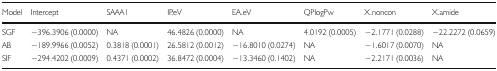
<table><thead><tr><td><b>Model</b></td><td><b>Intercept</b></td><td><b>SAAA1</b></td><td><b>IP.eV</b></td><td><b>EA.eV</b></td><td><b>QPlogPw</b></td><td><b>X.noncon</b></td><td><b>X.amide</b></td></tr></thead><tbody><tr><td>SGF</td><td>−396.3906 (0.0000)</td><td>NA</td><td>46.4826 (0.0000)</td><td>NA</td><td>4.0192 (0.0005)</td><td>−2.1771 (0.0288)</td><td>−22.2272 (0.0659)</td></tr><tr><td>AB</td><td>−189.9966 (0.0052)</td><td>0.3818 (0.0001)</td><td>26.5812 (0.0012)</td><td>−16.8010 (0.0274)</td><td>NA</td><td>−1.6017 (0.0070)</td><td>NA</td></tr><tr><td>SIF</td><td>−294.4202 (0.0009)</td><td>0.4371 (0.0002)</td><td>36.8472 (0.0004)</td><td>−13.3460 (0.1402)</td><td>NA</td><td>−2.2171 (0.0036)</td><td>NA</td></tr></tbody></table>